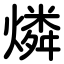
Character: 燐